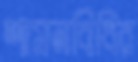
শাসনবিধির